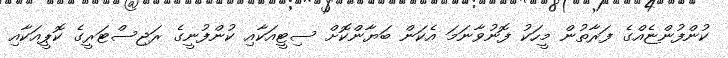
ކުންފުންޏެއްގެ ފަރާތުން މީހަކު ފޮނުވާނަމަ އެކަން ބަޔާންކޮށް ސިޓީއަކާއި ކުންފުނީގެ ރަޖިސްޓަރީގެ ކޮޕީއަކާއި